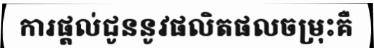
ការផ្តល់ជូននូវផលិតផលចម្រុះគឺ